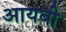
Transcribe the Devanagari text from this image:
आयबी